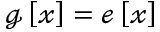
\boldsymbol { \mathscr { g } } \left[ \mathcal { x } \right] = \boldsymbol { \mathscr { e } } \left[ \mathcal { x } \right]